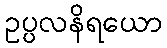
ဥပ္ပလနိရယော